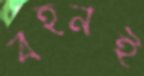
বহনই